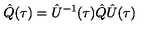
\hat { Q } ( \tau ) = \hat { U } ^ { - 1 } ( \tau ) \hat { Q } \hat { U } ( \tau )